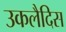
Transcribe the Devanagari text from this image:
उकलैदिस